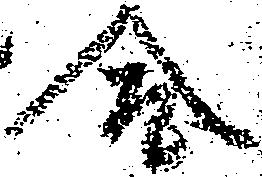
合